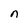
Character: n